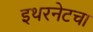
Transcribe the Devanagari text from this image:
इथरनेटचा